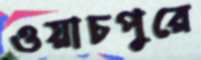
ওয়াচপুরে